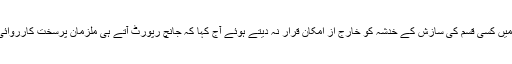
انہوں نے تشدد میں کسی قسم کی سازش کے خدشہ کو خارج از امکان قرار نہ دیتے ہوئے آج کہا کہ جانچ رپورٹ آتے ہی ملزمان پرسخت کارروائی کی جائے گی۔